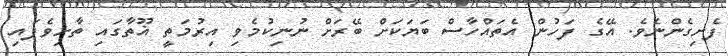
ފެށިގެންނެވެ. އޭގެ ފަހުން އެތައްހާސް ބަޔަކަށް ބޭރަށް ނުނިކުމެވި އިރުމަތީ ޣޫތާގައި ތާށިވެފައި